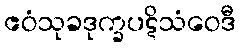
ဧဝံသုခဒုက္ခပဋိသံဝေဒီ